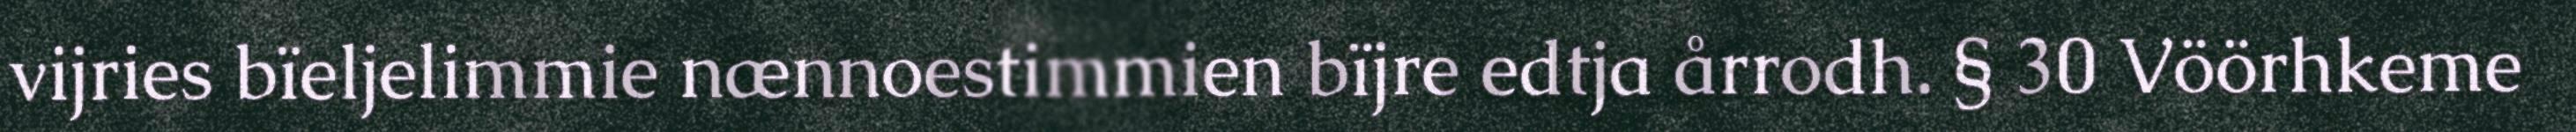
vijries bïeljelimmie nænnoestimmien bïjre edtja årrodh. § 30 Vöörhkeme